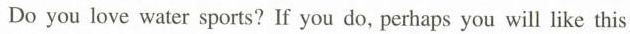
Do you love water sports? If you do, perhaps you will like this